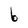
Character: b